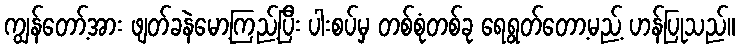
ကျွန်တော့်အား ဖျတ်ခနဲမော့ကြည့်ပြီး ပါးစပ်မှ တစ်စုံတစ်ခု ရေရွတ်တော့မည့် ဟန်ပြုသည်။